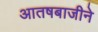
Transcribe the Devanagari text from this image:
आतषबाजीने